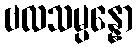
ဗလသမ္ပန္နော